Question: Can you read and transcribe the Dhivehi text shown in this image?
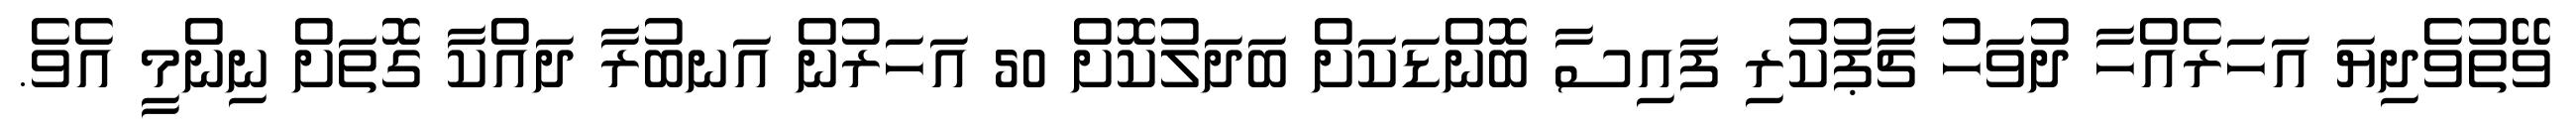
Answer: ވޭތުވެދިޔަ އަހަރެއްހާ ދުވަހު ޗާޕުކުރި ފައިސާ ބޮންޑަކަށް ބަދަލުކޮށް 50 އަހަރުން އަނބުރާ ދައްކާ ގޮތަށް ނިންމީ އެވެ.